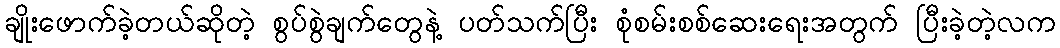
ချိုးဖောက်ခဲ့တယ်ဆိုတဲ့ စွပ်စွဲချက်တွေနဲ့ ပတ်သက်ပြီး စုံစမ်းစစ်ဆေးရေးအတွက် ပြီးခဲ့တဲ့လက